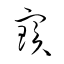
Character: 寳